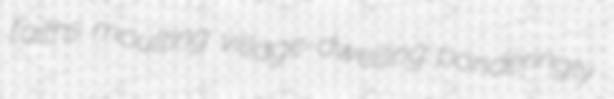
faiths moulting village-dwelling ponderingly